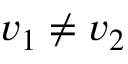
v _ { 1 } \ne v _ { 2 }